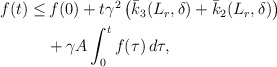
\begin{align*}\begin{aligned}f(t) \le&\, f(0)+ t \gamma^2\left(\bar{k}_3(L_r,\delta)+\bar{k}_2(L_r,\delta) \right) \\&+ \gamma A\int_0^t f(\tau)\,d\tau,\end{aligned}\end{align*}